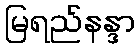
မြရည်နန္ဒာ